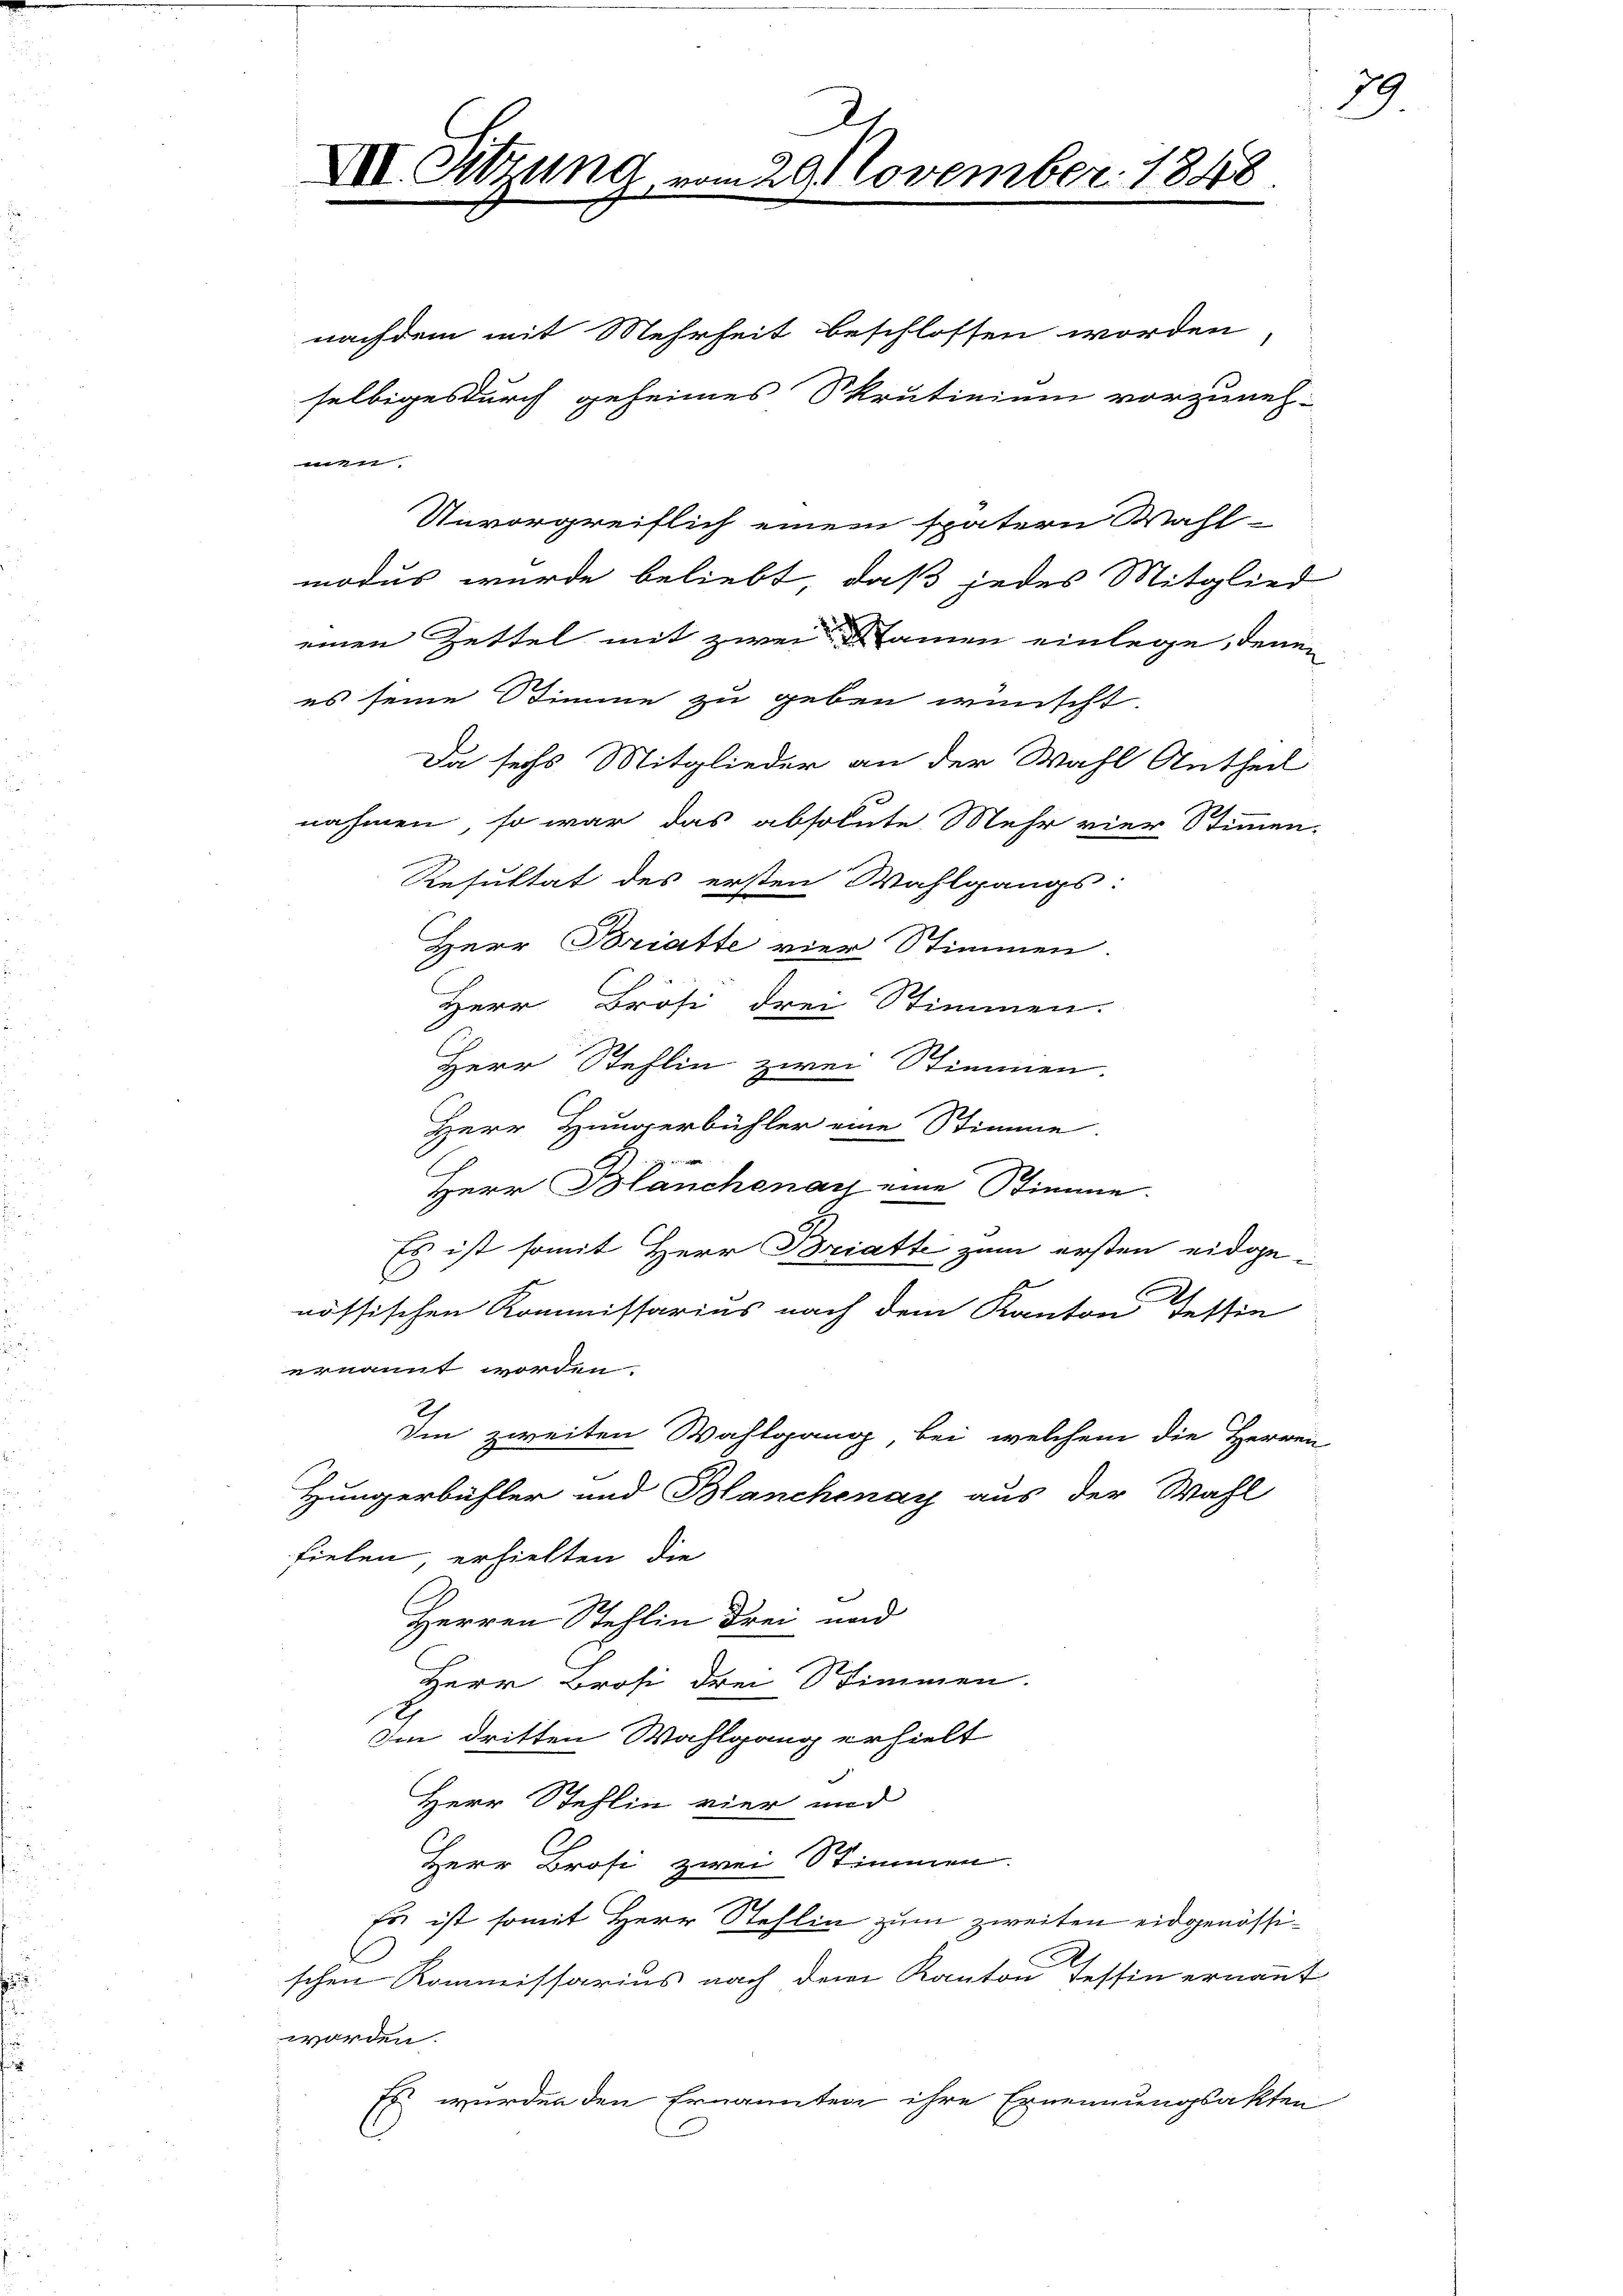
III. De

Ar
tung vom 29.November 1848.

nachdem mit Mehrheit beschlossen worden
selbiges durch geheimes Skrutinium vorzuneh-
22
Unvorgreiflich einem spätern Wahl-
modus wurde beliebt, daß jedes Mitglied
einen Zettel mit zwei namen einlege, denen
es seine Stimme zu geben wünscht.
Da sechs Mitglieder an der Wahl Antheil
nahmen, so war das absolute Mehr vier Stimmen-
Resultat des ersten Wahlgangs:
Herr Briatte vier Stimmen.
Herr Brosi drei Stimmen.
Herr Stehlin zwei Stimmen.
Herr Hungerbühler eine Stimme.
h
Herr Blänchenau eine Stimme.
Es ist somit Herr Bratte zum ersten eidgenössischen Kommissarius nach dem Kanton Tessie
ernannt worden.
Im zweiten Wahlgang, bei, welchem die Herren
Hungerbühler und Blanchenay aus der Wahl
fielen, erhielten, die
Herren Stehlin drei und
Herr Brosi drei Stimmen.
Im dritten Wahlgang erhielt
Herr Stehlin vier und
Herr Brosi zwei Stimmen.
Es ist somit Herr Stehlin zum zweiten eidgenössischen Kommissarius nach dem Kanton Tessin ernannt
worden.
Es wurden den Ernannten ihre Ernennungsakten

29